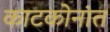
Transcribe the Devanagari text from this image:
काटकोनांत